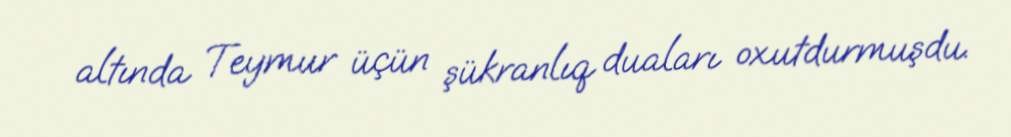
altında Teymur üçün şükranlıq duaları oxutdurmuşdu.